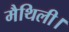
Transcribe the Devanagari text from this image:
मैथिली।